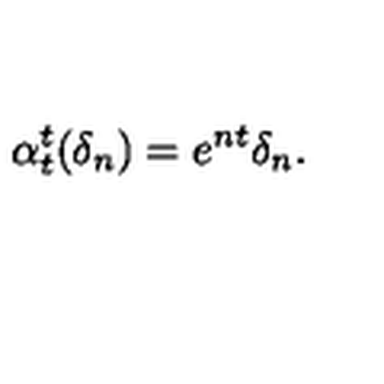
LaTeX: \alpha _ { t } ^ { t } ( \delta _ { n } ) = e ^ { n t } \delta _ { n } .